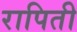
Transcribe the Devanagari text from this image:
रापिती